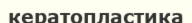
кератопластика